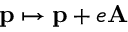
\mathbf { p } \mapsto \mathbf { p } + e \mathbf { A }